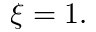
\xi = 1 .